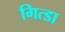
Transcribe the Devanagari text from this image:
गित्डा